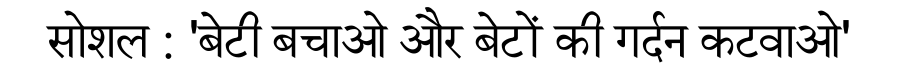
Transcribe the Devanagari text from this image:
सोशल : 'बेटी बचाओ और बेटों की गर्दन कटवाओ'